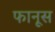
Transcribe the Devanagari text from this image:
फानूस